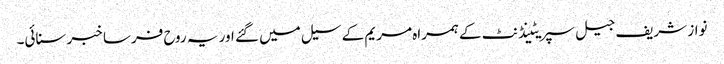
نواز شریف جیل سپریٹینڈنٹ کے ہمراہ مریم کے سیل میں گئے اور یہ روح فرسا خبر سنائی۔